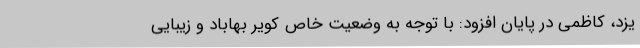
یزد، کاظمی در پایان افزود: با توجه به وضعیت خاص کویر بهاباد و زیبایی